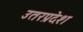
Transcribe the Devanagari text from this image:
उतरप्रदेश